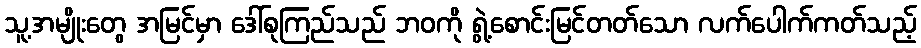
သူ့အမျိုးတွေ အမြင်မှာ ဒေါ်စုကြည်သည် ဘဝကို ရွဲ့စောင်းမြင်တတ်သော လက်ပေါက်ကတ်သည့်